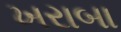
ખરાબા